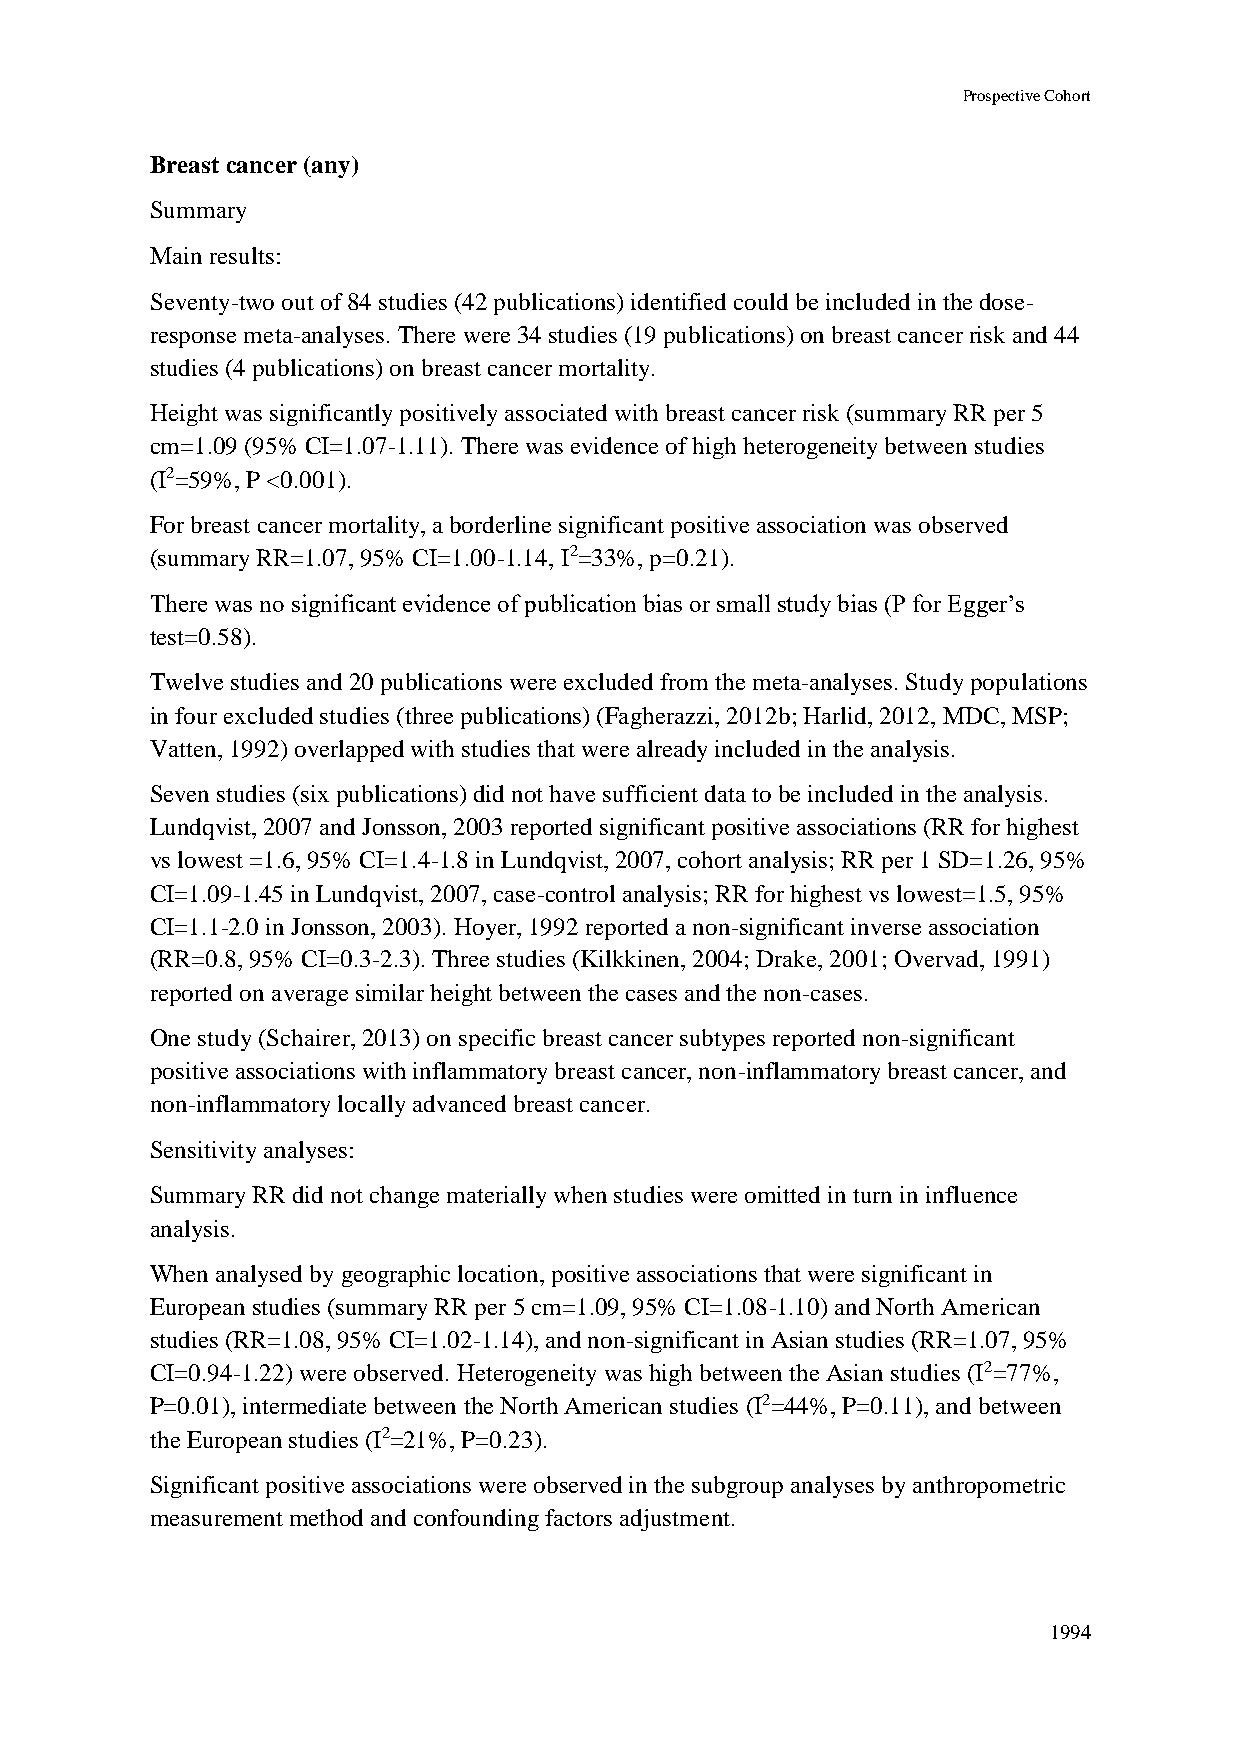
Prospective Cohort
 Breast cancer (any)
 Summary
 Main results:
 Seventy-two out of 84 studies (42 publications) identified could be included in the dose-
 response meta-analyses. There were 34 studies (19 publications) on breast cancer risk and 44
 studies (4 publications) on breast cancer mortality.
 Height was significantly positively associated with breast cancer risk (summary RR per 5
 cm=1.09 (95% CI=1.07-1.11). There was evidence of high heterogeneity between studies
 (I2=59%, P <0.001).
 For breast cancer mortality, a borderline significant positive association was observed
 (summary RR=1.07, 95% CI=1.00-1.14, I2=33%, p=0.21).
 There was no significant evidence of publication bias or small study bias (P for Egger’s
 test=0.58).
 Twelve studies and 20 publications were excluded from the meta-analyses. Study populations
 in four excluded studies (three publications) (Fagherazzi, 2012b; Harlid, 2012, MDC, MSP;
 Vatten, 1992) overlapped with studies that were already included in the analysis.
 Seven studies (six publications) did not have sufficient data to be included in the analysis.
 Lundqvist, 2007 and Jonsson, 2003 reported significant positive associations (RR for highest
 vs lowest =1.6, 95% CI=1.4-1.8 in Lundqvist, 2007, cohort analysis; RR per 1 SD=1.26, 95%
 CI=1.09-1.45 in Lundqvist, 2007, case-control analysis; RR for highest vs lowest=1.5, 95%
 CI=1.1-2.0 in Jonsson, 2003). Hoyer, 1992 reported a non-significant inverse association
 (RR=0.8, 95% CI=0.3-2.3). Three studies (Kilkkinen, 2004; Drake, 2001; Overvad, 1991)
 reported on average similar height between the cases and the non-cases.
 One study (Schairer, 2013) on specific breast cancer subtypes reported non-significant
 positive associations with inflammatory breast cancer, non-inflammatory breast cancer, and
 non-inflammatory locally advanced breast cancer.
 Sensitivity analyses:
 Summary RR did not change materially when studies were omitted in turn in influence
 analysis.
 When analysed by geographic location, positive associations that were significant in
 European studies (summary RR per 5 cm=1.09, 95% CI=1.08-1.10) and North American
 studies (RR=1.08, 95% CI=1.02-1.14), and non-significant in Asian studies (RR=1.07, 95%
 CI=0.94-1.22) were observed. Heterogeneity was high between the Asian studies (I2=77%,
 P=0.01), intermediate between the North American studies (I2=44%, P=0.11), and between
 the European studies (I2=21%, P=0.23).
 Significant positive associations were observed in the subgroup analyses by anthropometric
 measurement method and confounding factors adjustment.
 1994